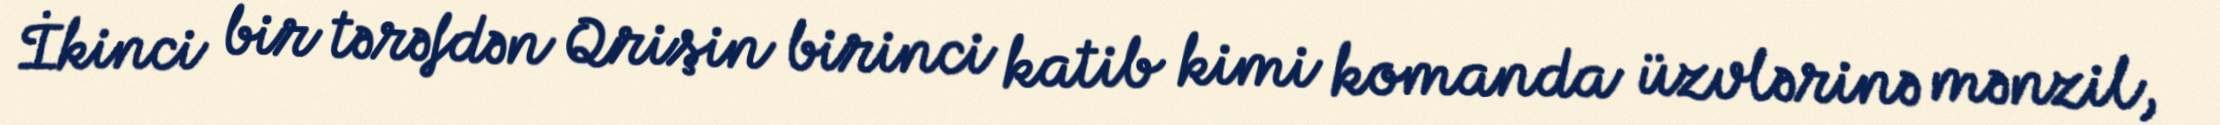
İkinci bir tərəfdən Qrişin birinci katib kimi komanda üzvlərinə mənzil,